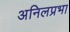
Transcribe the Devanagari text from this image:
अनिलप्रभा